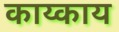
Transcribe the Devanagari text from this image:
काय्काय